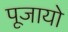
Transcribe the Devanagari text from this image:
पूजायो